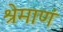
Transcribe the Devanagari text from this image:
श्रेमाणं